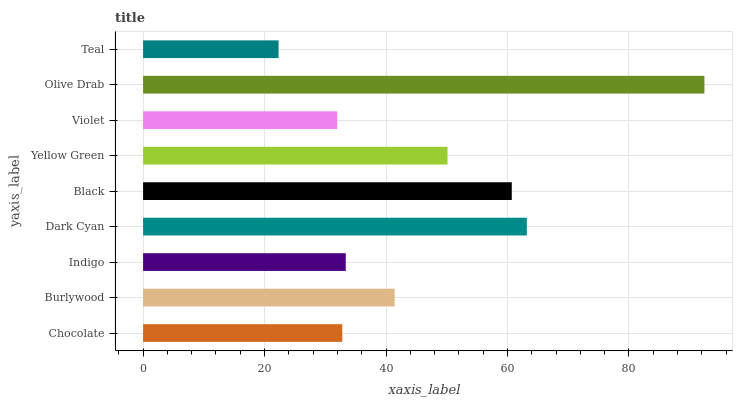
| yaxis_label | bars |
 | --- | --- |
 | Chocolate | 32.8 |
 | Burlywood | 41.4 |
 | Indigo | 33.4 |
 | Dark Cyan | 63.2 |
 | Black | 60.7 |
 | Yellow Green | 50.1 |
 | Violet | 32 |
 | Olive Drab | 92.4 |
 | Teal | 22.3 |